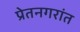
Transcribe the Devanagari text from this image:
प्रेतनगरांत